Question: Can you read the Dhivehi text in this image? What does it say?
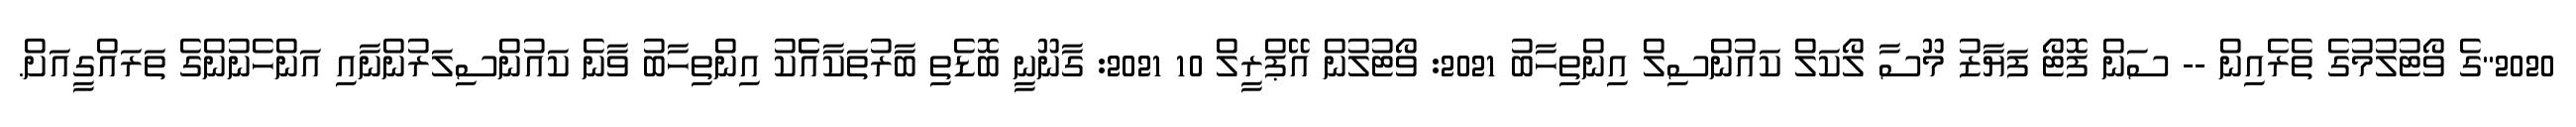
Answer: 2020"ގެ ވޯޓުލުމުގެ ތެރެއިން -- ސަން ފޮޓޯ ފަޔާޒު މޫސާ ލޯކަލް ކައުންސިލް އިންތިހާބު 2021: ވޯޓުލުން އޭޕްރީލް 10 2021: ގާނޫނީ ބޮޑެތި ބާރުތަކާއެެކު އިންތިހާބު ވާނެ ކައުންސިލަރުންނާއި އަންހެނުންގެ ތަރައްގީއަށް.